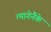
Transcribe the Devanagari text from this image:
त्यागेनैके